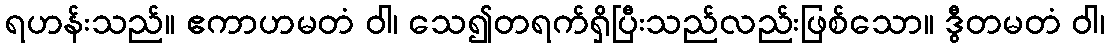
ရဟန်းသည်။ ဧကာဟမတံ ဝါ၊ သေ၍တရက်ရှိပြီးသည်လည်းဖြစ်သော။ ဒွီတမတံ ဝါ၊